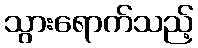
သွားရောက်သည့်